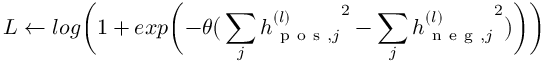
L \gets l o g \bigg ( 1 + e x p \bigg ( { - \theta \big ( \sum _ { j } { h _ { \mathrm { ~ p ~ o ~ s ~ } , j } ^ { ( l ) } } ^ { 2 } - \sum _ { j } { h _ { \mathrm { ~ n ~ e ~ g ~ } , j } ^ { ( l ) } } ^ { 2 } \big ) \bigg ) } \bigg )